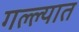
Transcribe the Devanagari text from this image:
गल्ल्यात